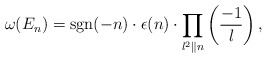
\begin{align*}\omega(E_n)={\rm{sgn}}(-n)\cdot\epsilon(n)\cdot\prod_{l^2\|n}\left(\frac{-1}{l}\right),\end{align*}